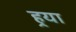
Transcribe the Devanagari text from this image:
हर्‍या